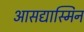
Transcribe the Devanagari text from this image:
आसद्यास्मिन